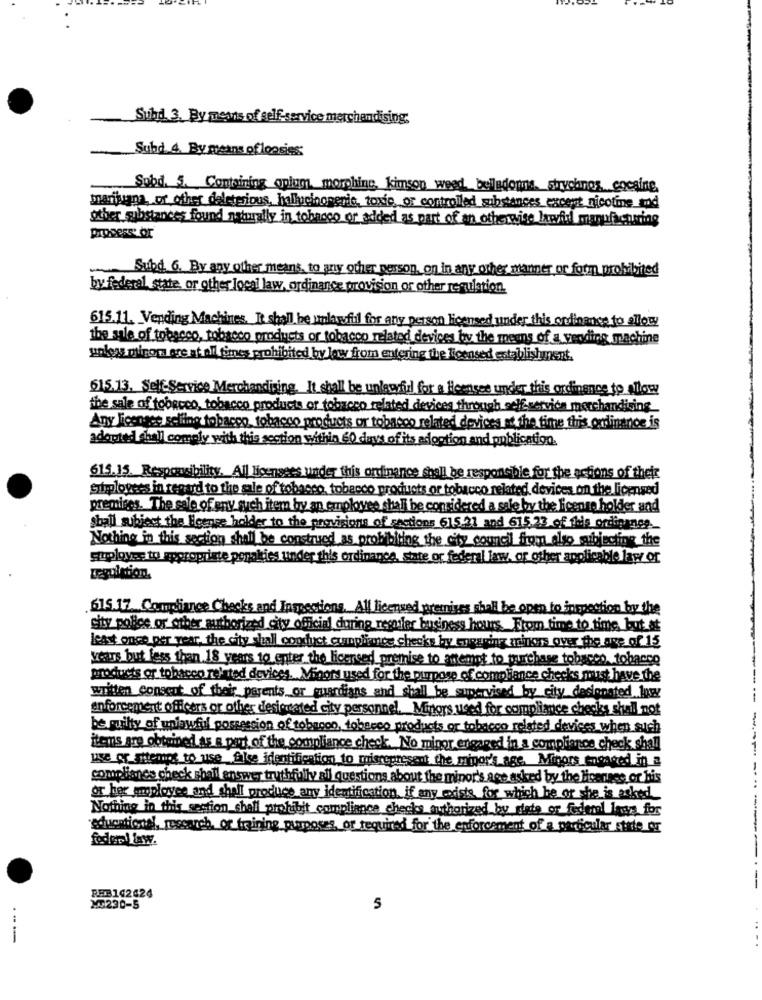
Subd. 3. By mewis of self-service merchandising;
Subd 4. By means of loasies:
Sobd. 5. Containing opium morphing, kimson weed belledorms. shrychnos.cocaine.
marijuana, or other deleterious, hallucinogenic, toxic, or controlled substances excent nicotine and
other substances found naturally in tobacco or added as part of an otherwise lawful manufacturing
Subd 6. By any other means, to any other person, on in any other manner or form prohibited
by federal state, or other local law, ordinance provision or other regulation.
615.11. Vending Machines, It shall be unlawful for any person licensed under this ordinance to allowy
the sale of tobacco, tobacco products or tobacco related devices by the means of a vending machine
unless migon ore at all times prohibited by low from entering the licensed establishment.
615.13. Self-Service Merchandising, It shall be unlawful for a Heensee under this ordinance to allow
the sale of tobacco, tobacco products or tobacco related devices through self-service_merchandising
Any licensee selling tobacco, tobacco products or tobacco related devices at the time this onlinenoe is
adopted shall comely with this section within 60 days of its adoption and publication.
615.15. Responsibility. All licensees under this ordinance shall be responsible for the actions of their
Supplovees in regard to the sale of tobacco, tobacco products or tobacco related devices on the licensed
premises. The sale of any such itern by an employee shall be considered a sale by the license holder and
shall subject the Heense holder to the provisions of sections 615 21 and 615.23 of this ordinance.
Nothing in this section shall be construed as prohibiting the city council from also subjecting the
stuployes to appropriate penakies under this ordinance, state or federal law, or other applicable law or
regulation
615.17. Compliance Checks and Inspections, All licensed premises shall be open to inspection by the
city police or other authorized city official during resmier business hours ._ From time to time, but at
least once per year, the city shall conduct cumpliance checks hy eresring minors over the age of 15
weiss but less than 18 years to enter the licensed premise to attempt to purchase tobacco tobacco
products or tobacco related devices. Minori used for the purpose of compliance checks must have the
written consent of their parents __ or
guardians and shall be supervised by city designated low
enforcement officers or other designated city personnel. Mingrs used for compliance checks shall not
be guilty of unlawful possession of tobacco, tobacco products or tobacco related devices when such
items are obtained as a part of the compliance check. No minor engaged in a compliance check shall
use or attemos to use flse identification to misrepresent the miyor'sage. Migors engaged in a
compliance check shall answer truthfully all questions about the minor's ace asked by the licenses or his
..
or her employee and shall produce any identification, if any existe, for which he or she is asked
Nothing in this section shall prohibit compliance checks authorized by diete or federal laws for
"educational, research, or training pups
or required for the enforcement of a particular state or
REB142424
2230-5
5
--